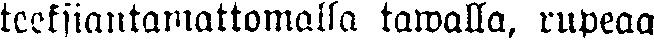
teeksiantamattomalla tawalla, rupeaa